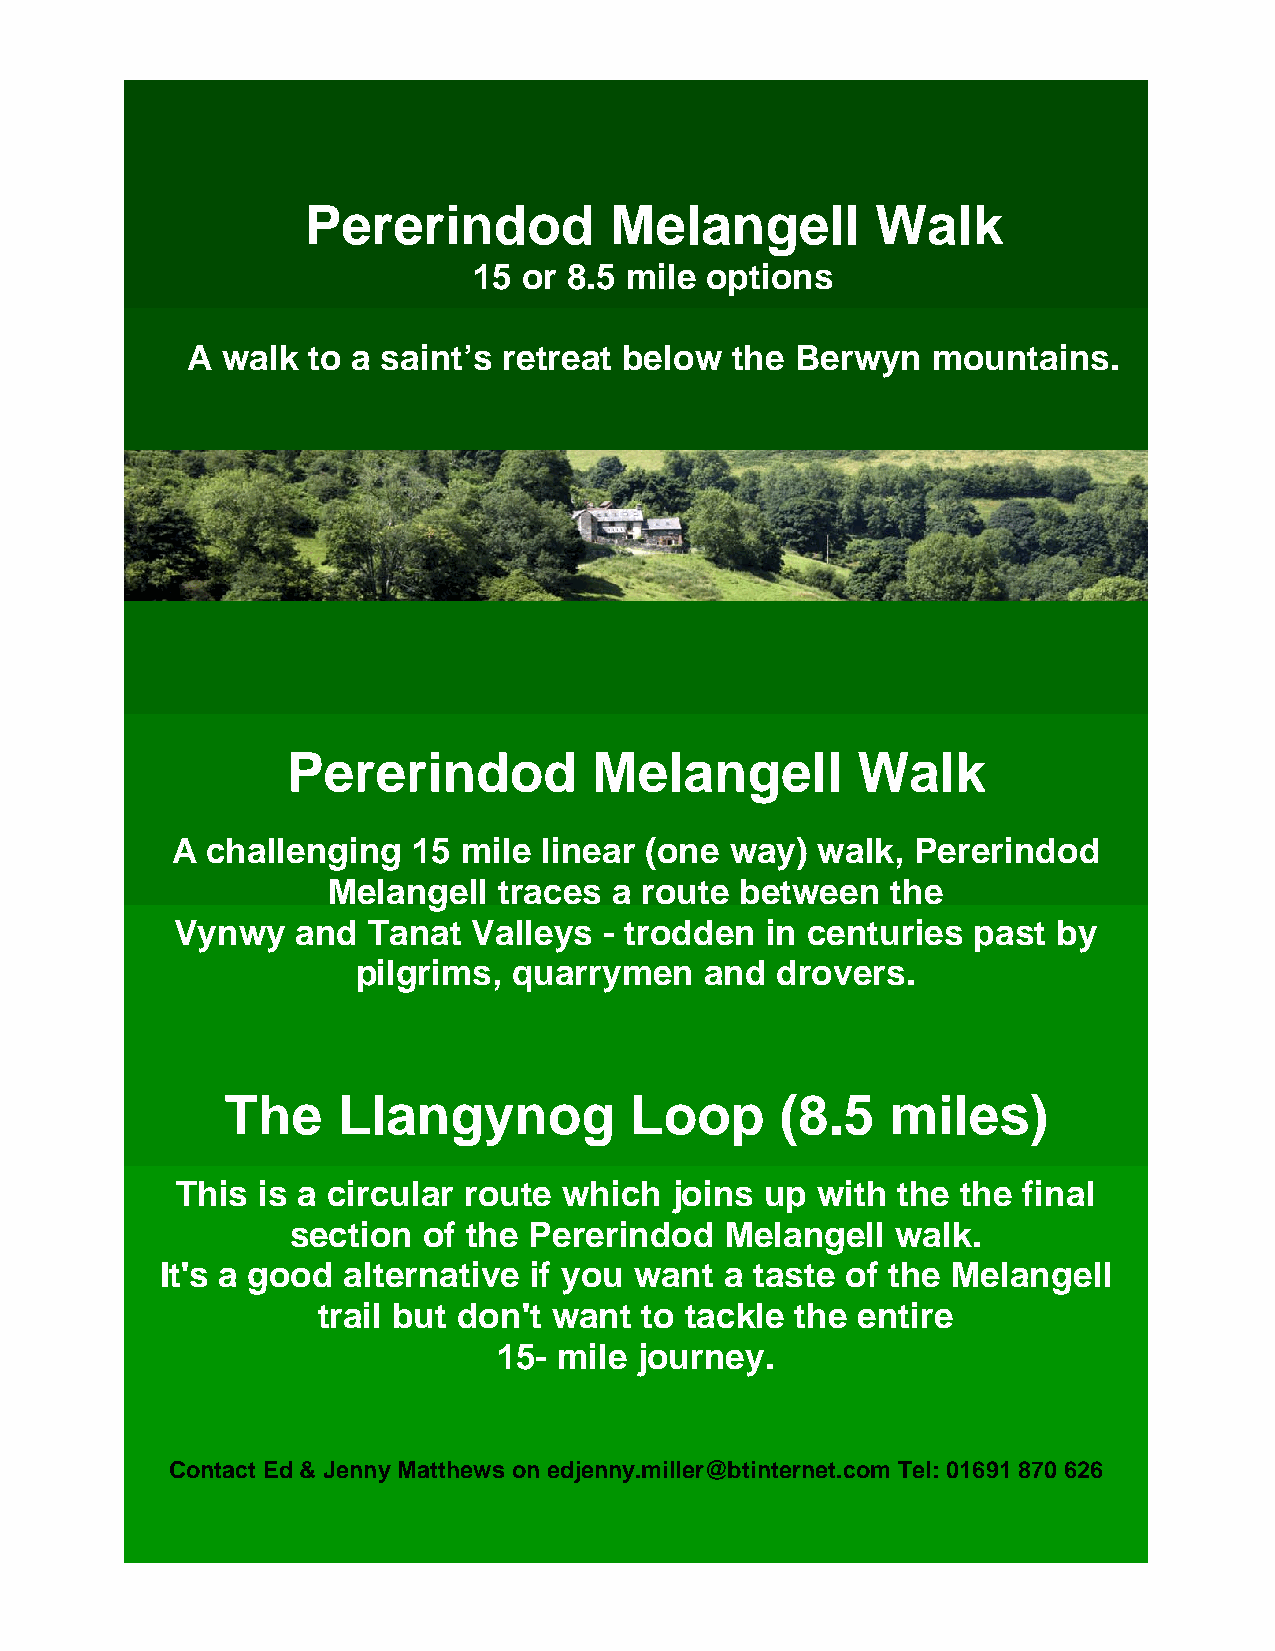
Pererindod          Melangell         Walk
 15  or 8.5 mile options
 A  walk to a saint’s retreat below  the  Berwyn   mountains.
 Distance        -  around       2  miles
 Duration        - around       an    hour
 Distance        -  around       2  miles
 Pererindod          Melangell         Walk
 A  challenging  15  mile linear (one way)  walk,  Pererindod
 Melangell  traces  a route between   the
 Vynwy   and Tanat  Valleys  - trodden  in centuries  past by
 pilgrims, quarrymen    and drovers.
 The    Llangynog           Loop      (8.5   miles)
 This is a circular route which   joins up with the  the final
 section  of the Pererindod   Melangell  walk.
 It's a good alternative if you want  a taste of the Melangell
 trail but don't want  to tackle the entire
 15- mile journey.
 Contact Ed & Jenny Matthews on edjenny.miller@btinternet.com Tel: 01691 870 626